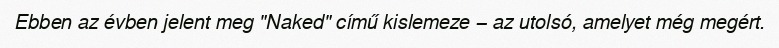
Ebben az évben jelent meg "Naked" című kislemeze − az utolsó, amelyet még megért.